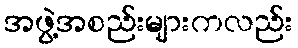
အဖွဲ့အစည်းများကလည်း